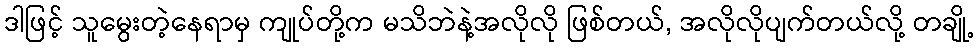
ဒါဖြင့် သူမွေးတဲ့နေရာမှ ကျုပ်တို့က မသိဘဲနဲ့အလိုလို ဖြစ်တယ်, အလိုလိုပျက်တယ်လို့ တချို့